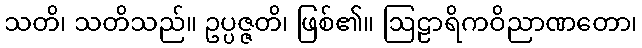
သတိ၊ သတိသည်။ ဥပ္ပဇ္ဇတိ၊ ဖြစ်၏။ ဩဠာရိကဝိညာဏတော၊